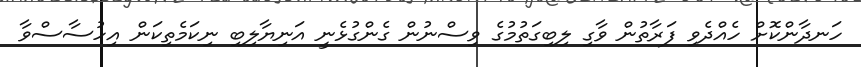
ހަނދާންކޮށް ހެއްދެވި ފަރާތުން ވާގި ލިބިގަތުމުގެ ވިސްނުން ގެންގުޅެނީ އަނިޔާލިބި ނިކަމެތިކަން އިހުސާސްވާ